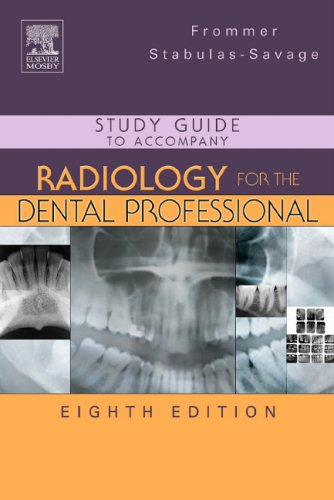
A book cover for Study Guide to Accompany Radiology for the Dental Professional, 8e; Herbert H. Frommer BA  DDS  FACD; Medical Books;